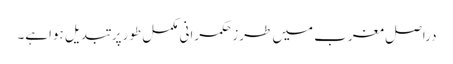
دراصل مغرب میں طرزِحکمرانی مکمل طورپر تبدیل ہواہے۔